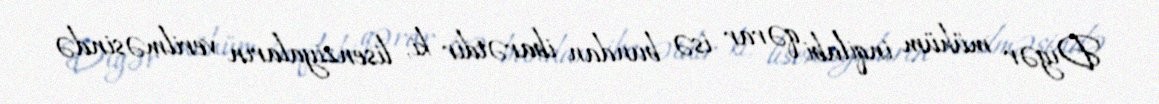
Digər mühüm inqilabi qərar isə bundan ibarətdir ki, lisenziyaların verilməsində